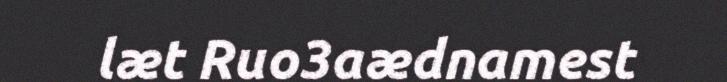
læt Ruo3aædnamest